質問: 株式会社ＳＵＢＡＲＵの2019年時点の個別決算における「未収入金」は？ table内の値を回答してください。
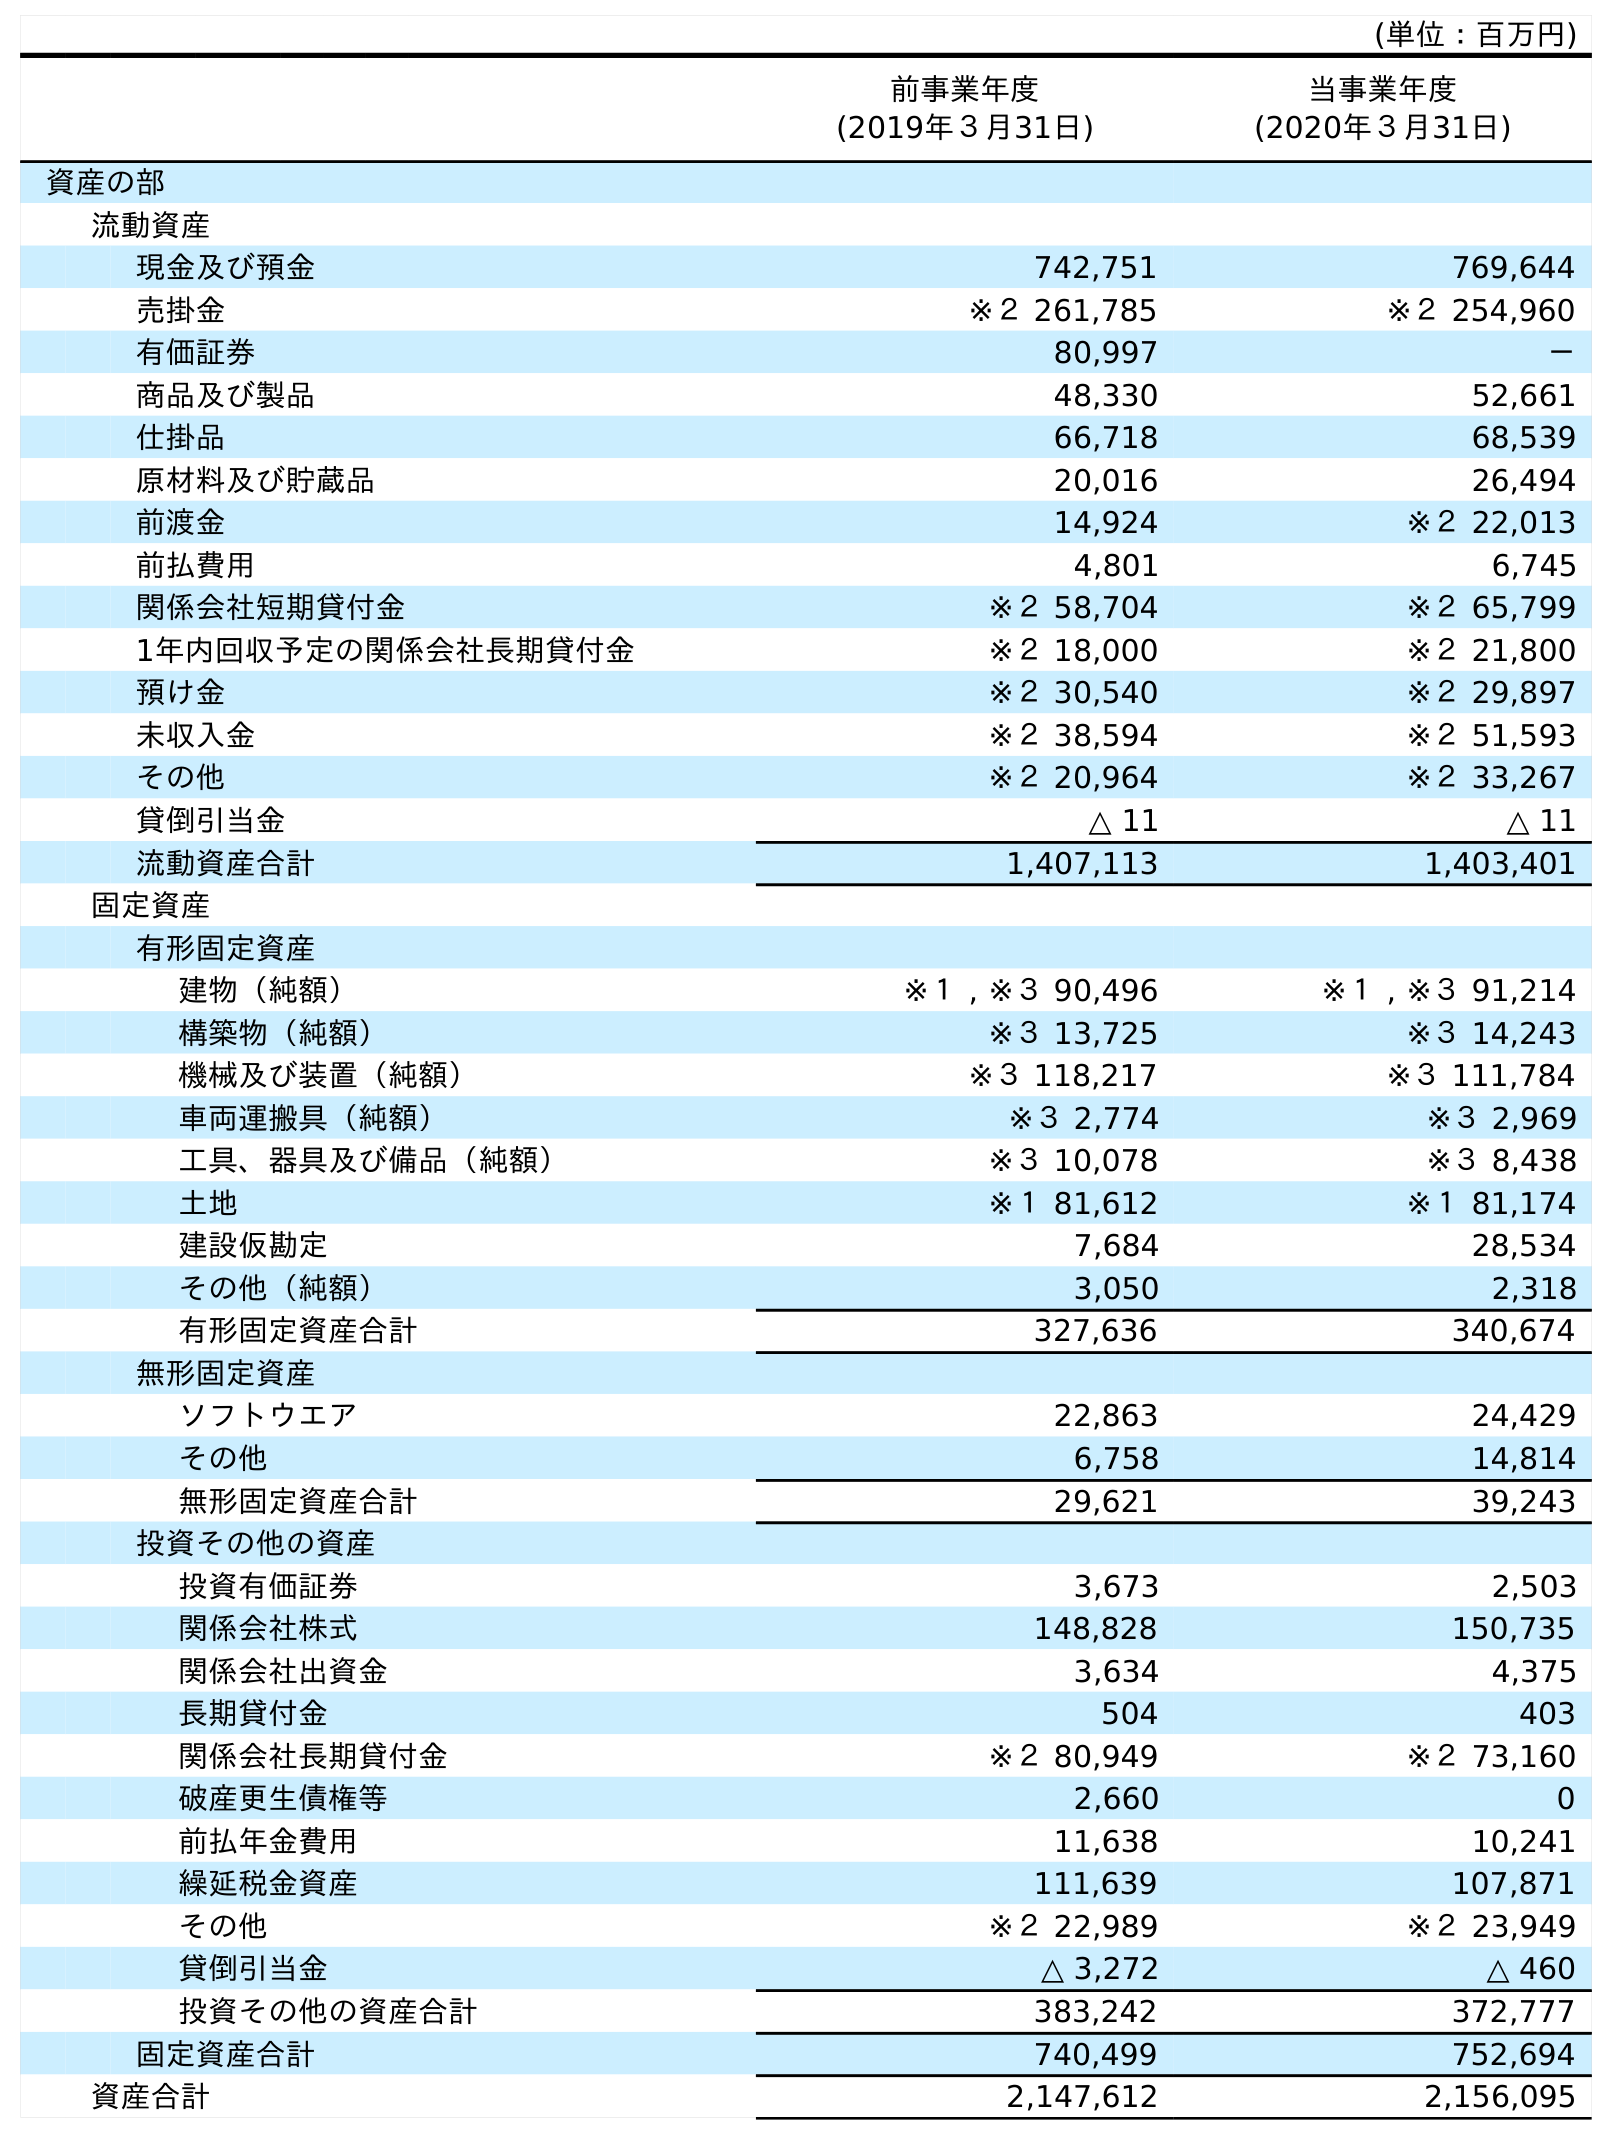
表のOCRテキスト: (単位：百万円) 前事業年度 (2019年３月31日) 当事業年度 (2020年３月31日) 資産の部 流動資産 現金及び預金 742,751 769,644 売掛金 ※２ 261,785 ※２ 254,960 有価証券 80,997 － 商品及び製品 48,330 52,661 仕掛品 66,718 68,539 原材料及び貯蔵品 20,016 26,494 前渡金 14,924 ※２ 22,013 前払費用 4,801 6,745 関係会社短期貸付金 ※２ 58,704 ※２ 65,799 1年内回収予定の関係会社長期貸付金 ※２ 18,000 ※２ 21,800 預け金 ※２ 30,540 ※２ 29,897 未収入金 ※２ 38,594 ※２ 51,593 その他 ※２ 20,964 ※２ 33,267 貸倒引当金 △ 11 △ 11 流動資産合計 1,407,113 1,403,401 固定資産 有形固定資産 建物（純額） ※１ , ※３ 90,496 ※１ , ※３ 91,214 構築物（純額） ※３ 13,725 ※３ 14,243 機械及び装置（純額） ※３ 118,217 ※３ 111,784 車両運搬具（純額） ※３ 2,774 ※３ 2,969 工具、器具及び備品（純額） ※３ 10,078 ※３ 8,438 土地 ※１ 81,612 ※１ 81,174 建設仮勘定 7,684 28,534 その他（純額） 3,050 2,318 有形固定資産合計 327,636 340,674 無形固定資産 ソフトウエア 22,863 24,429 その他 6,758 14,814 無形固定資産合計 29,621 39,243 投資その他の資産 投資有価証券 3,673 2,503 関係会社株式 148,828 150,735 関係会社出資金 3,634 4,375 長期貸付金 504 403 関係会社長期貸付金 ※２ 80,949 ※２ 73,160 破産更生債権等 2,660 0 前払年金費用 11,638 10,241 繰延税金資産 111,639 107,871 その他 ※２ 22,989 ※２ 23,949 貸倒引当金 △ 3,272 △ 460 投資その他の資産合計 383,242 372,777 固定資産合計 740,499 752,694 資産合計 2,147,612 2,156,095
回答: ※２38,594